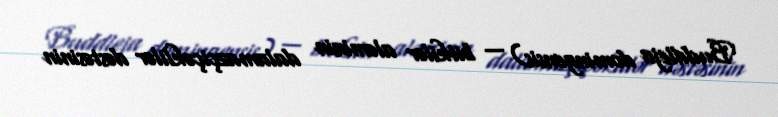
Buddleja domingensis) — bitkilər aləminin dalamazçiçəklilər dəstəsinin